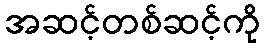
အဆင့်တစ်ဆင့်ကို